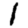
Digit: 1